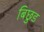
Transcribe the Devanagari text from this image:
बिछुड